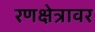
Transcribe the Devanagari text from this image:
रणक्षेत्रावर